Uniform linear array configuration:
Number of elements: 12
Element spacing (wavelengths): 0.25
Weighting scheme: uniform
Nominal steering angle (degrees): -45
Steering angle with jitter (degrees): -44.062
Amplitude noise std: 0.05
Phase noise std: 0.05

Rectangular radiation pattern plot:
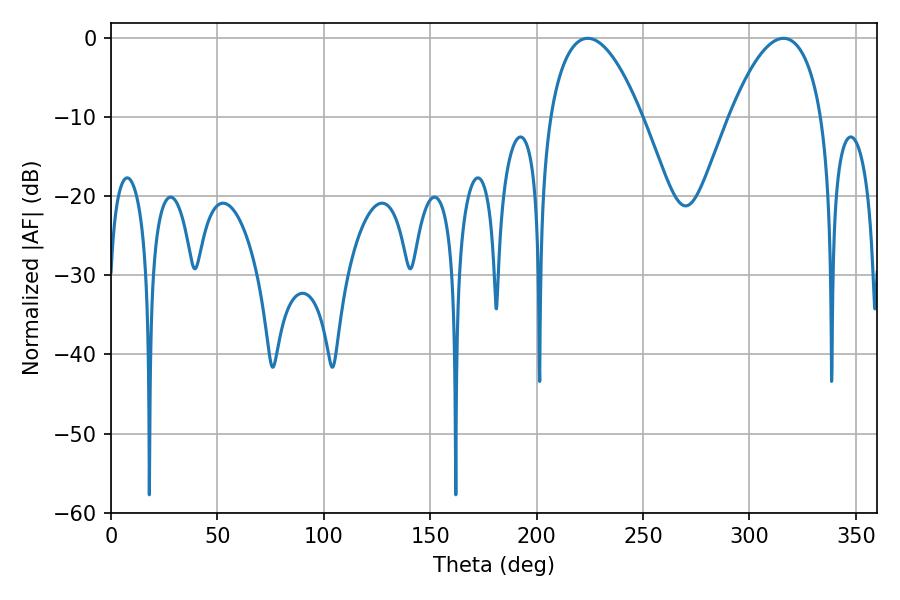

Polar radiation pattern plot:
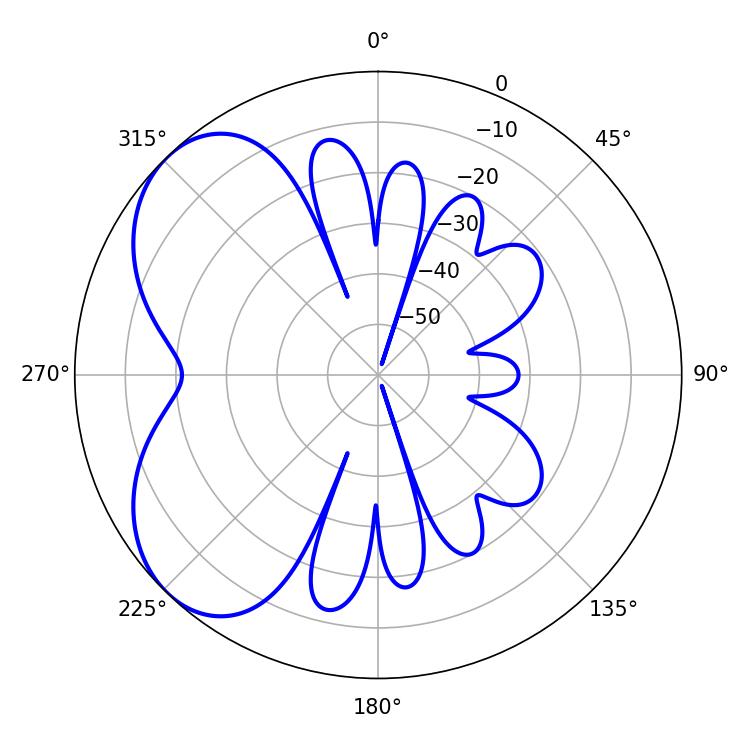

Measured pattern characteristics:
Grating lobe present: FALSE
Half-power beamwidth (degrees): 23.94
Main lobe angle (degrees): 223.92